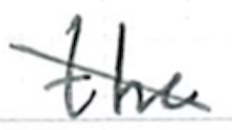
Text: the
Cross-out: diagonal
Writing tool: ballpoint